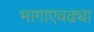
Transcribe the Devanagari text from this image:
भागाएवढ्या